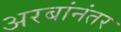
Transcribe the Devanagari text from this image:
अरबांनंतर